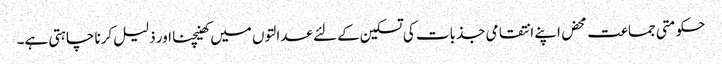
حکومتی جماعت محض اپنے انتقامی جذبات کی تسکین کے لئے عدالتوں میں کھینچنا اور ذلیل کرنا چاہتی ہے۔